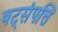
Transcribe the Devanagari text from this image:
षट्‌संपत्ति